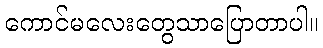
ကောင်မလေးတွေသာပြောတာပါ။